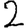
Digit: 2